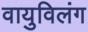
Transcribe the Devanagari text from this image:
वायुविलंग